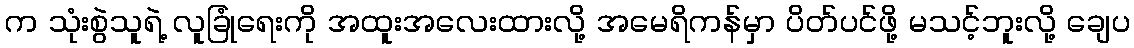
က သုံးစွဲသူရဲ့ လူခြုံရေးကို အထူးအလေးထားလို့ အမေရိကန်မှာ ပိတ်ပင်ဖို့ မသင့်ဘူးလို့ ချေပ